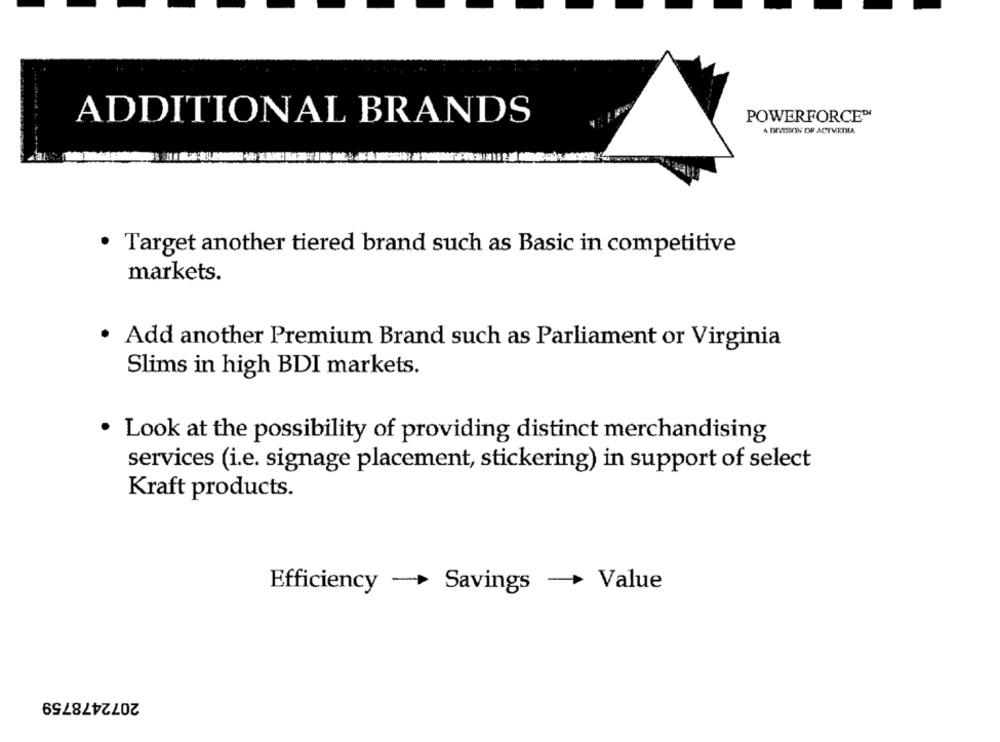
POWERFORCE™
ADDITIONAL BRANDS
A DIVISION OF ACTMEDIA
· Target another tiered brand such as Basic in competitive
markets.
. Add another Premium Brand such as Parliament or Virginia
Slims in high BDI markets.
Look at the possibility of providing distinct merchandising
services (i.e. signage placement, stickering) in support of select
Kraft products.
Efficiency -> Savings - Value
2072478759